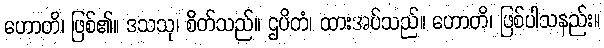
ဟောတိ၊ ဖြစ်၏။ ဒသသု၊ စိတ်သည်။ ဌပိတံ၊ ထားအပ်သည်။ ဟောတိ၊ ဖြစ်ပါသနည်း။